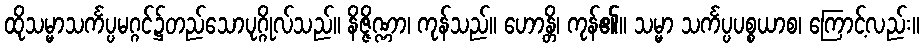
ထိုသမ္မာသင်္ကပ္ပမဂ္ဂင်၌တည်သောပုဂ္ဂိုလ်သည်။ နိဇ္ဇိဏ္ဏာ၊ ကုန်သည်။ ဟောန္တိ၊ ကုန်၏။ သမ္မာ သင်္ကပ္ပပစ္စယာစ၊ ကြောင့်လည်း။